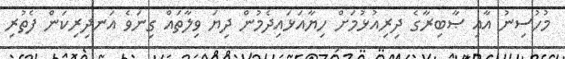
މުހުސިނު އާއި ޞާބިރާގެ ދިރިއުޅުމަށް ހިޔާއަޅައިދެމުން ދިޔަ ވިލާތައް ގިނަވެ އަނދިރިކަން ފެތުރި